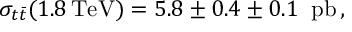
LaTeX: \sigma _ { t \bar { t } } ( 1 . 8 \, \mathrm { T e V } ) = 5 . 8 \pm 0 . 4 \pm 0 . 1 \; \; \mathrm { p b } \, ,